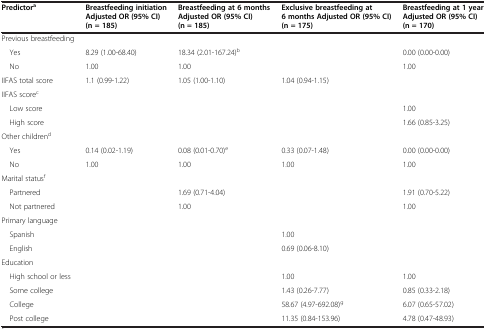
| Predictora | Breastfeeding initiation Adjusted OR (95% CI) (n = 185) | Breastfeeding at 6 months Adjusted OR (95% CI) (n = 185) | Exclusive breastfeeding at 6 months Adjusted OR (95% CI) (n = 175) | Breastfeeding at 1 year Adjusted OR (95% CI) (n = 170) |
 | --- | --- | --- | --- | --- |
 | Previous breastfeeding |  |  |  |  |
 | Yes | 8.29 (1.00-68.40) | 18.34 (2.01-167.24)b |  | 0.00 (0.00-0.00) |
 | No | 1.00 | 1.00 |  | 1.00 |
 | IIFAS total score | 1.1 (0.99-1.22) | 1.05 (1.00-1.10) | 1.04 (0.94-1.15) |  |
 | IIFAS scorec |  |  |  |  |
 | Low score |  |  |  | 1.00 |
 | High score |  |  |  | 1.66 (0.85-3.25) |
 | Other childrend |  |  |  |  |
 | Yes | 0.14 (0.02-1.19) | 0.08 (0.01-0.70)e | 0.33 (0.07-1.48) | 0.00 (0.00-0.00) |
 | No | 1.00 | 1.00 | 1.00 | 1.00 |
 | Marital statusf |  |  |  |  |
 | Partnered |  | 1.69 (0.71-4.04) |  | 1.91 (0.70-5.22) |
 | Not partnered |  | 1.00 |  | 1.00 |
 | Primary language |  |  |  |  |
 | Spanish |  |  | 1.00 |  |
 | English |  |  | 0.69 (0.06-8.10) |  |
 | Education |  |  |  |  |
 | High school or less |  |  | 1.00 | 1.00 |
 | Some college |  |  | 1.43 (0.26-7.77) | 0.85 (0.33-2.18) |
 | College |  |  | 58.67 (4.97-692.08)g | 6.07 (0.65-57.02) |
 | Post college |  |  | 11.35 (0.84-153.96) | 4.78 (0.47-48.93) |